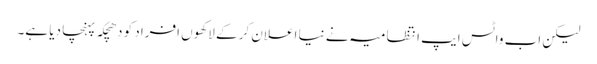
لیکن اب واٹس ایپ انتظامیہ نے نیا اعلان کر کے لاکھوں افراد کو دھچکہ پہنچا دیا ہے۔